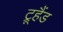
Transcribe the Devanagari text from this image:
ट्रूहैंड